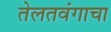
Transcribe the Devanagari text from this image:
तेलतवंगाचा